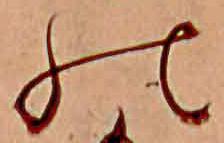
の